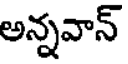
అన్నవాన్